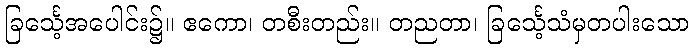
ခြင်္သေ့အပေါင်း၌။ ဧကော၊ တစီးတည်း။ တညတာ၊ ခြင်္သေ့သံမှတပါးသော